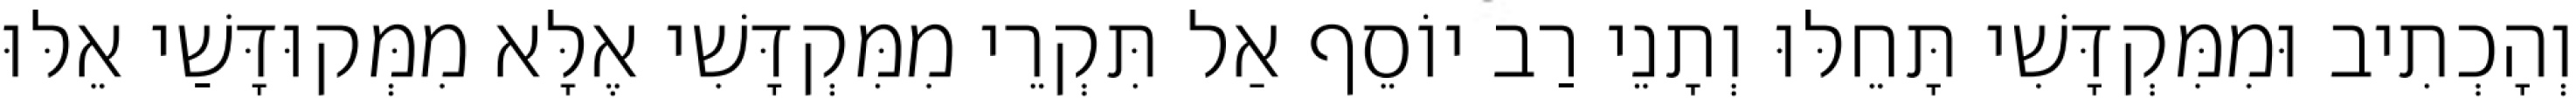
וְהָכְתִיב וּמִמִּקְדָּשִׁי תָּחֵלּוּ וְתָנֵי רַב יוֹסֵף אַל תִּקְרֵי מִמִּקְדָּשִׁי אֶלָּא מִמְּקוּדָּשַׁי אֵלּוּ